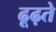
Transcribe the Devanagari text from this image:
ढूढ़ते